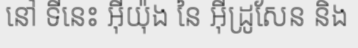
នៅ ទីនេះ អ៊ីយ៉ុង នៃ អ៊ីដ្រូសែន និង